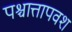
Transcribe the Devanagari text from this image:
पश्चात्तापवश